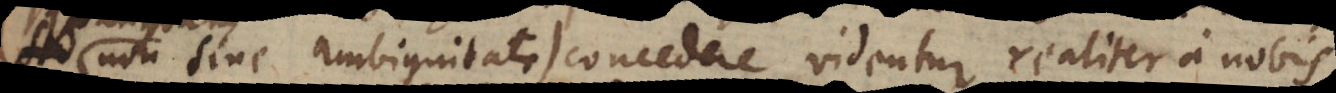
non sine ambiguitate) concedere videntur realiter a nobis